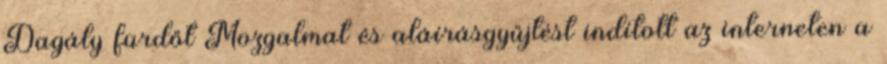
Dagály fürdőt Mozgalmat és aláírásgyűjtést indított az interneten a